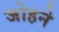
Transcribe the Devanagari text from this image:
जोहने